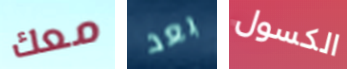
معك بعد الكسول